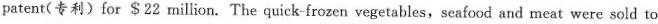
patent(专利)for $22 million. The quick-frozen vegetables, seafood and meat were sold to